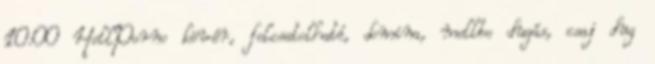
10:00 HellPorno kövér, felcsatolható, domina, mellbe dugás, csaj dug